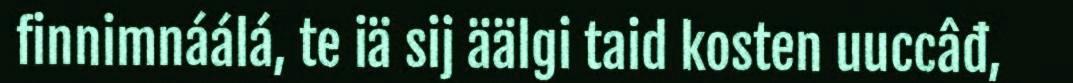
finnimnáálá, te iä sij äälgi taid kosten uuccâđ,